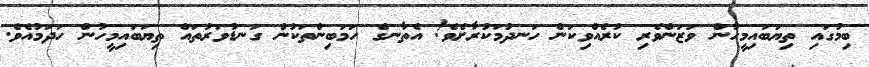
ބިމުގައި ތިޔަބައިމީހުން ވަޒަންވެރި ކުރެއްވިކަން ހަނދުމަކުރާށެވެ! އެތާނގެ ހަމަބިންތަކުން ގަނޑުވަރުތައް ތިޔަބައިމީހުން ހަދަމުއެވެ.